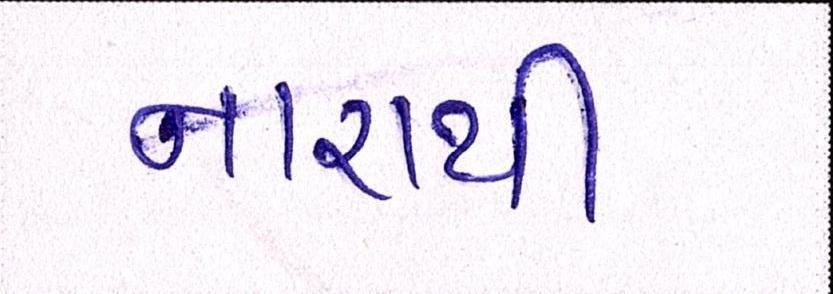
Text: નારાથી